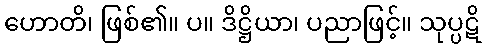
ဟောတိ၊ ဖြစ်၏။ ပ။ ဒိဋ္ဌိယာ၊ ပညာဖြင့်။ သုပ္ပဋိ